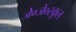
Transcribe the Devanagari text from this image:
जे०जे०स्कूल